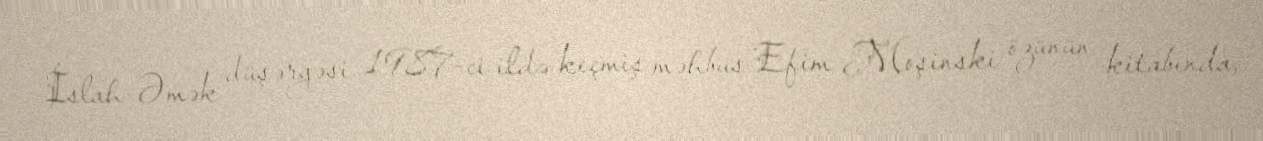
İslah-Əmək düşərgəsi 1987-ci ildə keçmiş məhbus Efim Moşinski özünün kitabında,